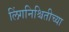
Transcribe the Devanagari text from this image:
लिंगनिश्चितीच्या